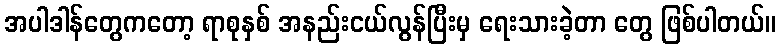
အပါဒါန်တွေကတော့ ရာစုနှစ် အနည်းငယ်လွန်ပြီးမှ ရေးသားခဲ့တာ တွေ ဖြစ်ပါတယ်။